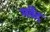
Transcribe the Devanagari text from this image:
गर्वेद